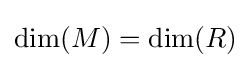
\mathrm {dim} (M)=\mathrm {dim} (R)